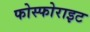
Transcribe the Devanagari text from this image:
फोस्फोराइट